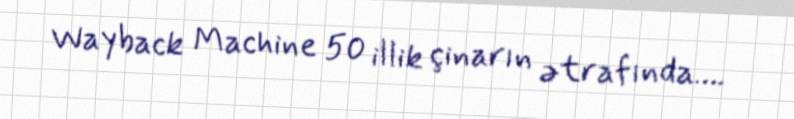
Wayback Machine 50 illik çinarın ətrafında….